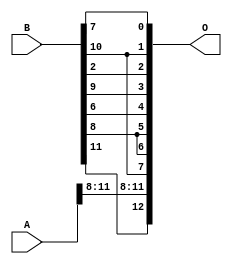
/***
* This code is a part of EvoApproxLib library (ehw.fit.vutbr.cz/approxlib) distributed under The MIT License.
* When used, please cite the following article(s): PRABAKARAN B. S., MRAZEK V., VASICEK Z., SEKANINA L., SHAFIQUE M. ApproxFPGAs: Embracing ASIC-based Approximate Arithmetic Components for FPGA-Based Systems. DAC 2020. 
***/
// MAE% = 12.50 %
// MAE = 1024 
// WCE% = 25.00 %
// WCE = 2048 
// WCRE% = 100.00 %
// EP% = 100.00 %
// MRE% = 30.48 %
// MSE = 13286.96e2 
// FPGA_POWER = 0.27
// FPGA_DELAY = 5.1
// FPGA_LUT = 0

module add12u_1JB(A, B, O);
  input [11:0] A, B;
  output [12:0] O;
  wire n_36, n_42, n_37, n_23, n_22, n_21, n_20, n_27, n_26, n_25;
  wire n_24, n_29, n_28, n_39, n_38, n_8, n_9, n_4, n_5, n_6;
  wire n_7, n_0, n_1, n_2, n_3, n_30, n_31, n_32, n_33, n_34;
  wire n_35, n_18, n_19, n_16, n_17, n_14, n_15, n_12, n_13, n_10;
  wire n_11, n_45, n_44, n_43, n_47, n_46, n_41, n_40;
  assign n_0 = A[0];
  assign n_1 = A[0];
  assign n_2 = A[1];
  assign n_3 = A[1];
  assign n_4 = A[2];
  assign n_5 = A[2];
  assign n_6 = A[3];
  assign n_7 = A[3];
  assign n_8 = A[4];
  assign n_9 = A[4];
  assign n_10 = A[5];
  assign n_11 = A[5];
  assign n_12 = A[6];
  assign n_13 = A[6];
  assign n_14 = A[7];
  assign n_15 = A[7];
  assign n_16 = A[8];
  assign n_17 = A[8];
  assign n_18 = A[9];
  assign n_19 = A[9];
  assign n_20 = A[10];
  assign n_21 = A[10];
  assign n_22 = A[11];
  assign n_23 = A[11];
  assign n_24 = B[0];
  assign n_25 = B[0];
  assign n_26 = B[1];
  assign n_27 = B[1];
  assign n_28 = B[2];
  assign n_29 = B[2];
  assign n_30 = B[3];
  assign n_31 = B[3];
  assign n_32 = B[4];
  assign n_33 = B[4];
  assign n_34 = B[5];
  assign n_35 = B[5];
  assign n_36 = B[6];
  assign n_37 = B[6];
  assign n_38 = B[7];
  assign n_39 = B[7];
  assign n_40 = B[8];
  assign n_41 = B[8];
  assign n_42 = B[9];
  assign n_43 = B[9];
  assign n_44 = B[10];
  assign n_45 = B[10];
  assign n_46 = B[11];
  assign n_47 = B[11];
  assign O[0] = n_38;
  assign O[1] = n_44;
  assign O[2] = n_28;
  assign O[3] = n_42;
  assign O[4] = n_36;
  assign O[5] = n_40;
  assign O[6] = n_40;
  assign O[7] = n_44;
  assign O[8] = n_16;
  assign O[9] = n_18;
  assign O[10] = n_20;
  assign O[11] = n_22;
  assign O[12] = n_46;
endmodule